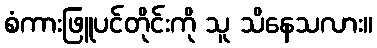
စံကားဖြူပင်တိုင်းကို သူ သိနေသလား။